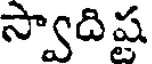
స్వాదిష్ట